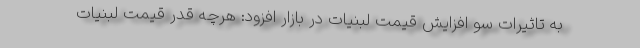
به تاثیرات سو افزایش قیمت لبنیات در بازار افزود: هرچه قدر قیمت لبنیات